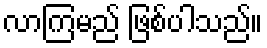
လာကြမည် ဖြစ်ပါသည်။